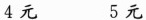
4元 5元